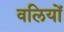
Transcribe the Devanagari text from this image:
वलियों